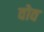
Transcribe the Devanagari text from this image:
वोव